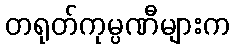
တရုတ်ကုမ္ပဏီများက